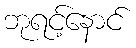
ဘုရင့်နောင်